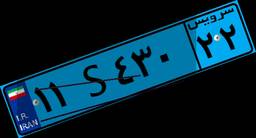
۱۱S۴۳۰۲۲